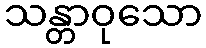
သန္တာဝုသော